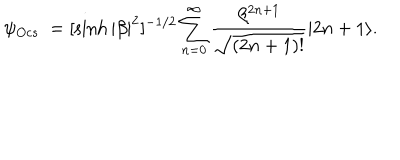
\psi _ { O c s } \ = [ \sinh { | \beta | ^ { 2 } } ] ^ { - 1 / 2 } \sum _ { n = 0 } ^ { \infty } \frac { \beta ^ { 2 n + 1 } } { \sqrt { ( 2 n + 1 ) ! } } | 2 n + 1 \rangle .